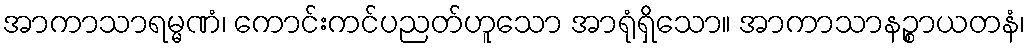
အာကာသာရမ္မဏံ၊ ကောင်းကင်ပညတ်ဟူသော အာရုံရှိသော။ အာကာသာနဉ္စာယတနံ၊